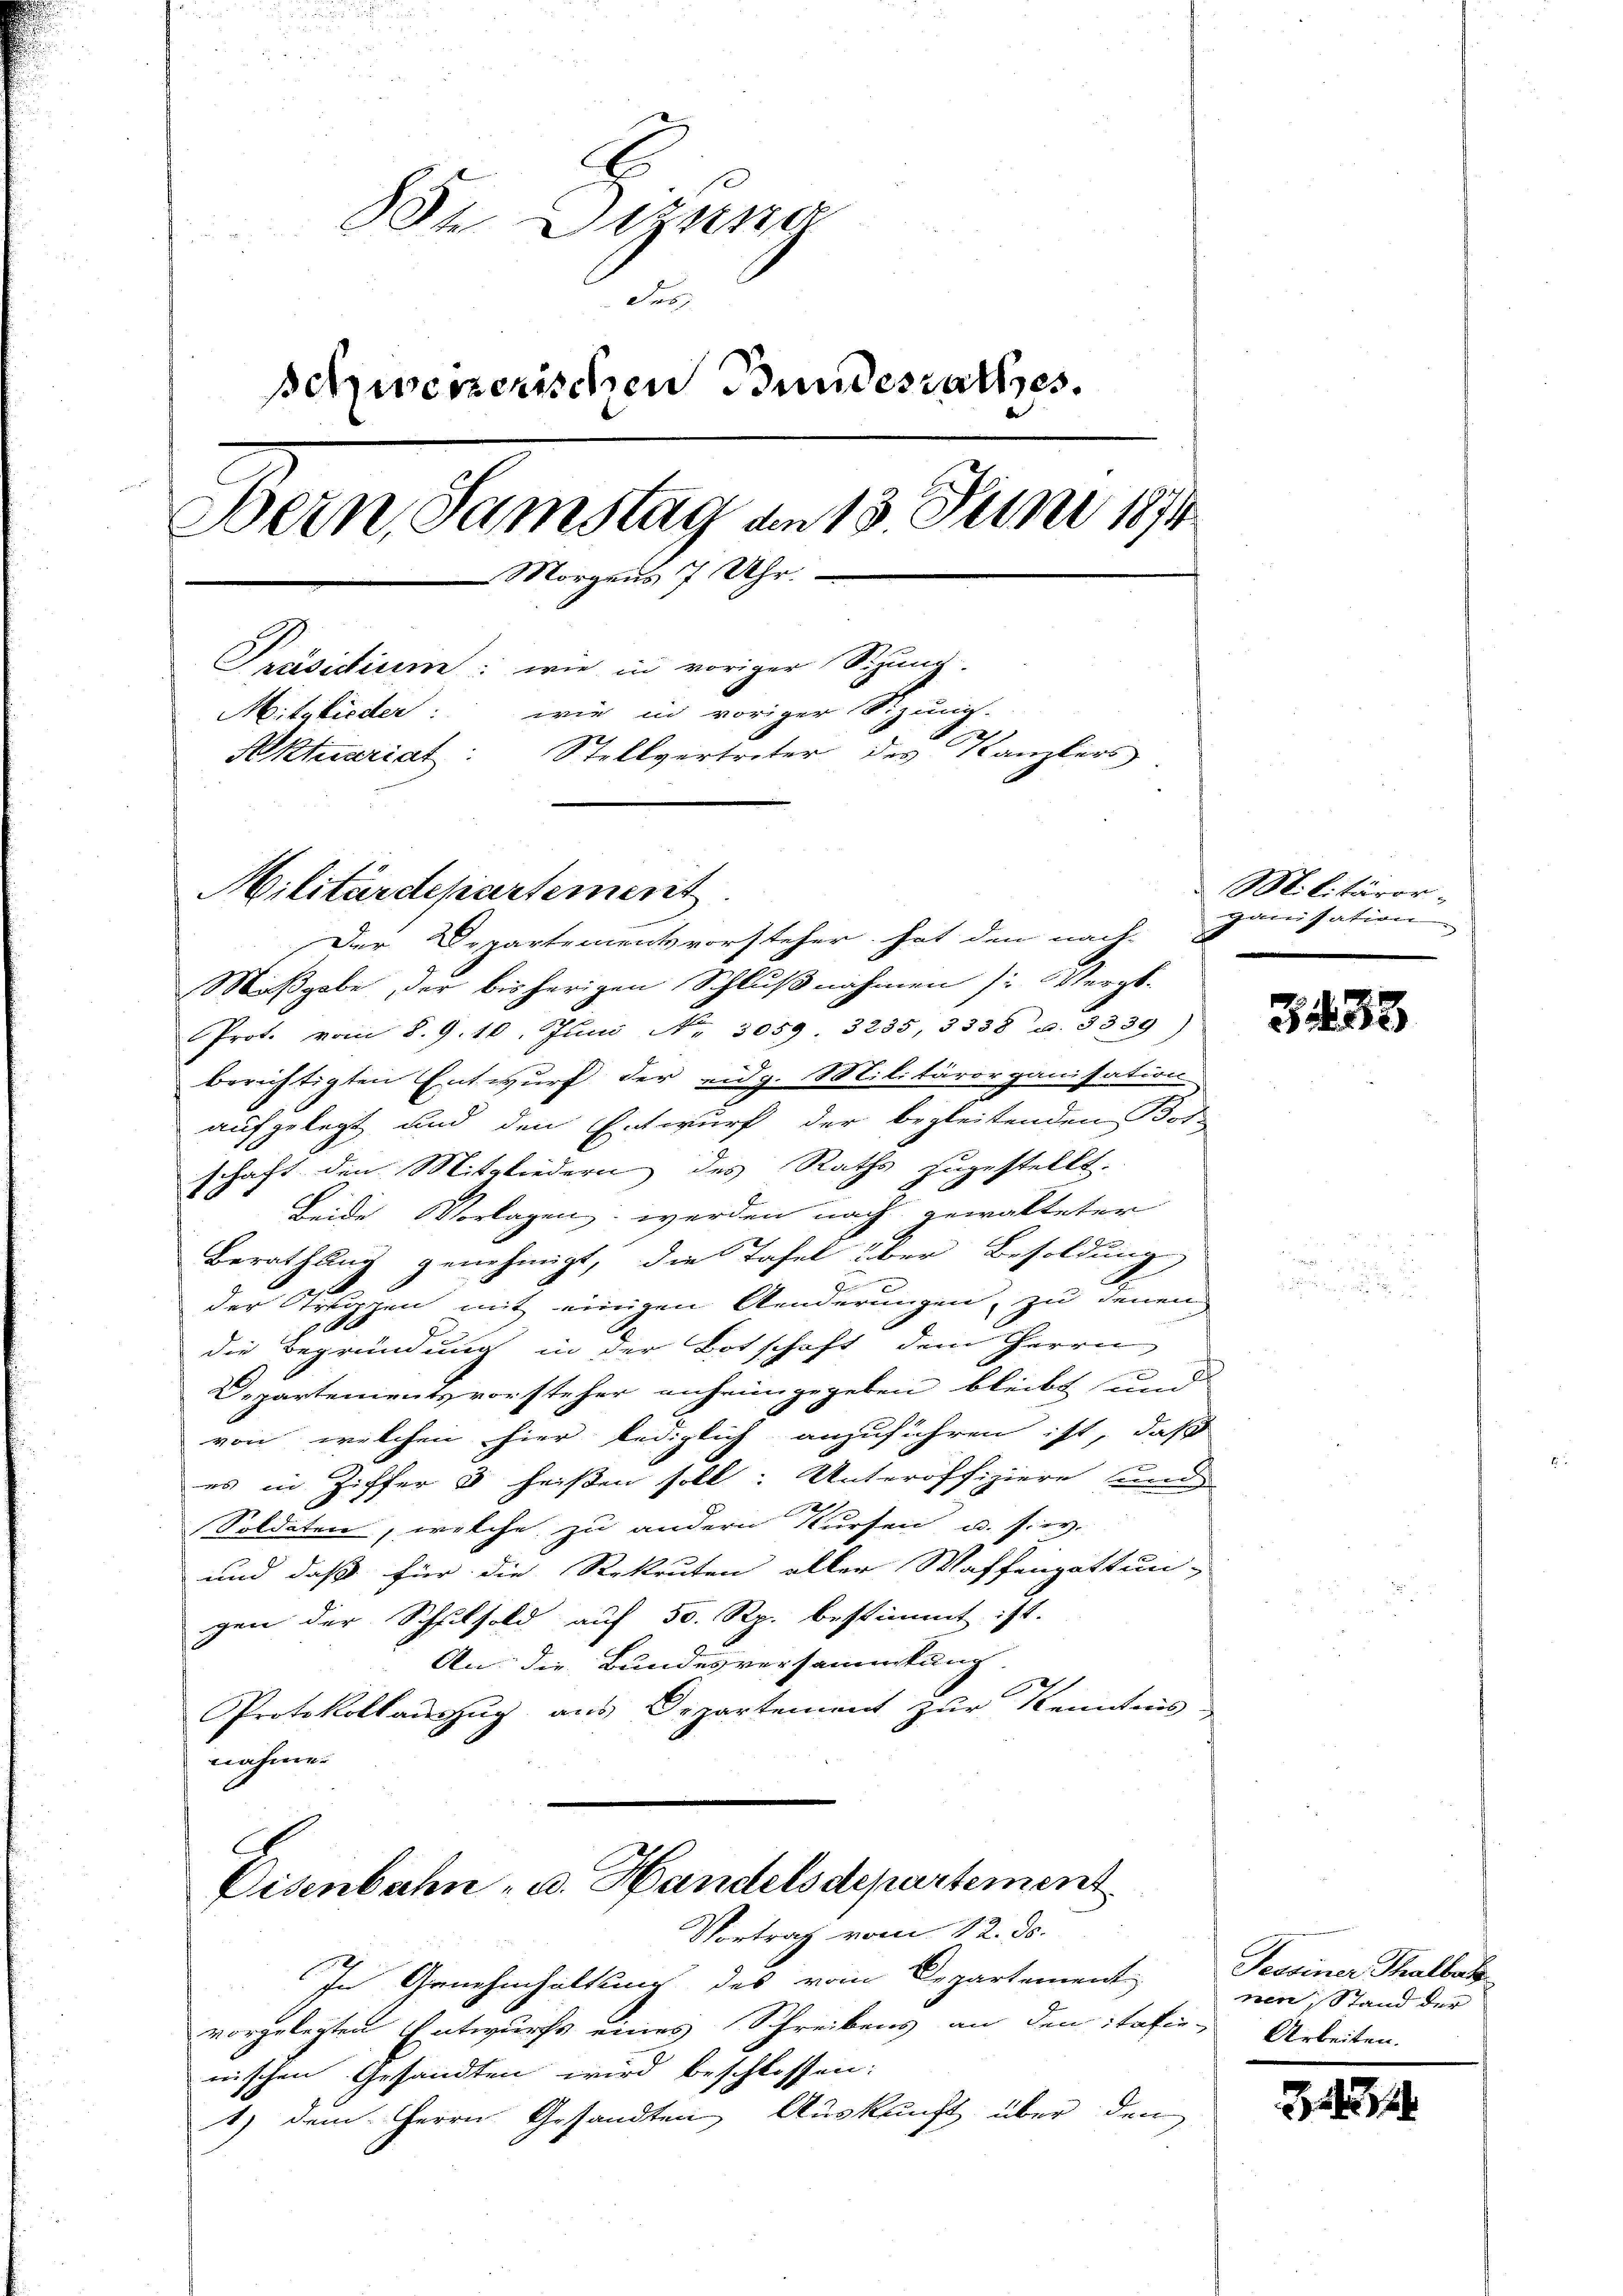
u
h Sizung
Fes
schweizerischen Bundesrathes.
Bern, Samstag an 13. Juni 1874
Morgens 7 Uhr.
Präsidiren: wie in voriger Sizung.
Mitglieder: wie in voriger Sitzung-
Aktuariat: Stellvertreter des Kanzlers

Militärdepartement.

Der Departementsvorsteher hat den nach-
Mißgabe, der bisherigen Schlußnahmen (: Vergt.
Prot. vom 8. 9.10. Juni Nr. 3059. 3235, 3338 u. 3339)
berichtigten Entwurf der eidg. Militärorganisation
aufgelegt und den Entwurf der begleitenden Bor
schaft den Mitgliedern des Raths zugestellt.
Beide Vorlagen, werden nach gewalteter
Berathung genehmigt, die Tafel über Besoldung
f
der Struppen mit einigen Anderungen, zu denen
die Begründung in der Botschaft dem Herrn
Departementsvorsteher anheimgegeben bleibt und
von welchen hier lediglich anzuführen ist, daß
es in Ziffers heißen soll: Unteröffiziere und
2
Soldaten, welche zu andern Kursen u. sey.
und daß für die Rekruten aller Waffengattun-
gen der Schilsold auf 50 Rp. bestimmt ist.
An: die Bundesversammlung
Protokollaŭszŭg ans Departement zŭr Kenntnis
nahme.

.
Eisenbahn - u. Handelsdepartement

Vortrag vom 12. ds.
In Genehmhaltung des vom Departement
vorgelegten Entwurfs eines Schreibens an den itafie-Arbeiten.
nischen Gesandten wird beschlossen:
1) dem Herrn Gesandten Auskunft über den

Militäror
ganisation

3432

Feesiner Thalberg
nen Stand der

1